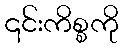
၎င်းကိစ္စကို